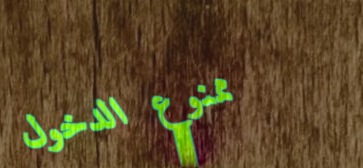
ممنوع الدخول